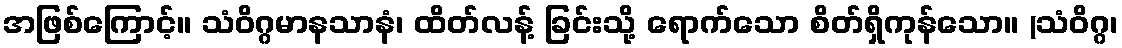
အဖြစ်ကြောင့်။ သံဝိဂ္ဂမာနသာနံ၊ ထိတ်လန့် ခြင်းသို့ ရောက်သော စိတ်ရှိကုန်သော။ (သံဝိဂ္ဂ၊